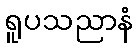
ရူပသညာနံ